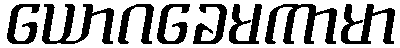
ယောဂခေမကာမာ